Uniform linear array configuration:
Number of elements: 32
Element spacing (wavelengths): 0.5
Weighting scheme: hamming
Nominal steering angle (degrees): -30
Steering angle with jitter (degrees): -30.227
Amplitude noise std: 0.05
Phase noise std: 0.05

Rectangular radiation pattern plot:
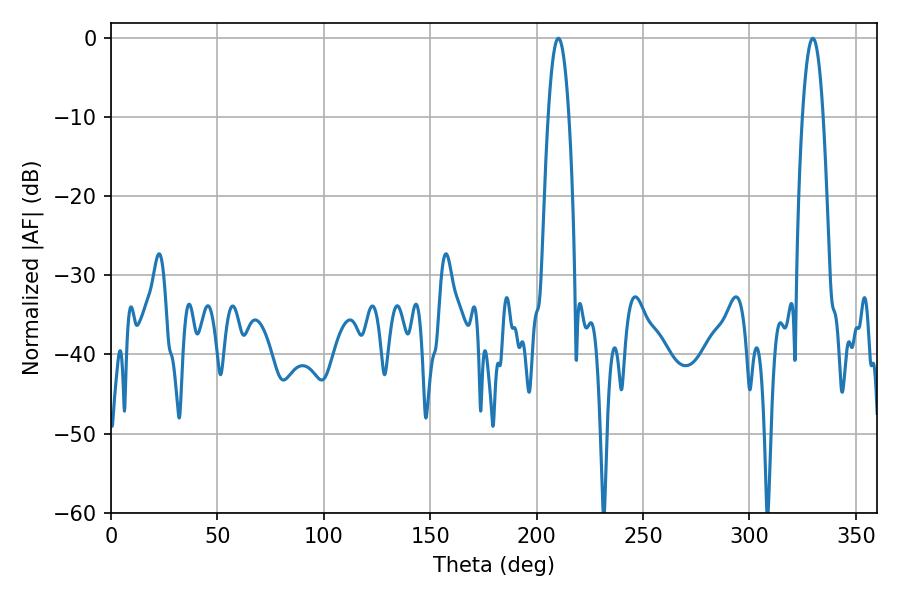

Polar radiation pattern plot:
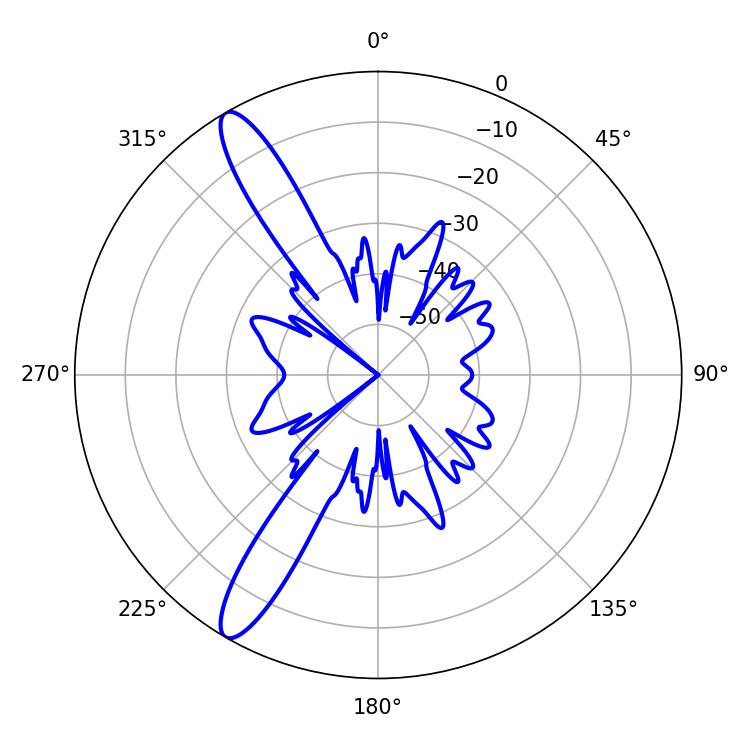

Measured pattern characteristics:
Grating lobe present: FALSE
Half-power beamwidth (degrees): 5.4
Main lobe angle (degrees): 210.24